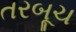
તરબૂચ